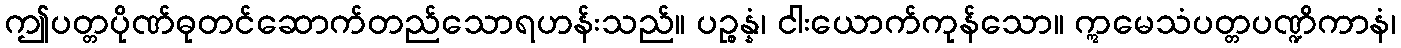
ဤပတ္တပိုဏ်ဓုတင်ဆောက်တည်သောရဟန်းသည်။ ပဉ္စန္နံ၊ ငါးယောက်ကုန်သော။ ဣမေသံပတ္တပဏ္ဍိကာနံ၊